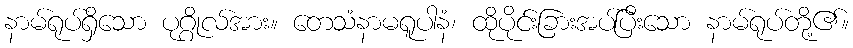
နာမ်ရုပ်ရှိသော ပုဂ္ဂိုလ်အား။ တေသံနာမရူပါနံ၊ ထိုပိုင်းခြားအပ်ပြီးသော နာမ်ရုပ်တို့၏။